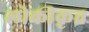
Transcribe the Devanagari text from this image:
लोकीकृत